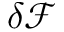
\delta { \mathcal F }